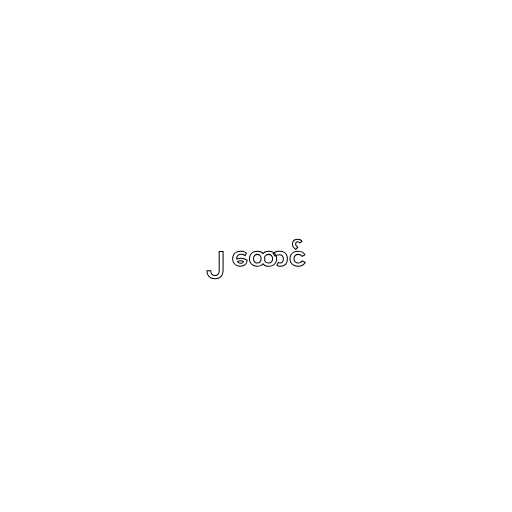
၂ ထောင်